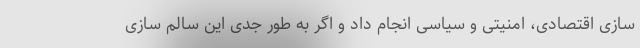
سازی اقتصادی، امنیتی و سیاسی انجام داد و اگر به طور جدی این سالم سازی